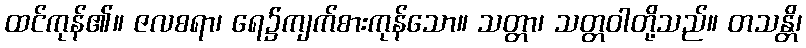
ထင်ကုန်၏။ ဇလစရာ၊ ရေ၌ကျက်စားကုန်သော။ သတ္တာ၊ သတ္တဝါတို့သည်။ တသန္တိ၊